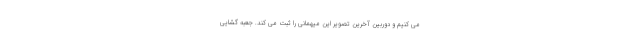
می کنیم و دوربین آخرین تصویر این میهمانی را ثبت می کند. جعبه گشایی